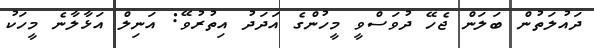
ދައުލަތުން ބަލަން ޖެހޭ ދުވަސްވީ މީހުންގެ އަދަދު އިތުރުވޭ: އަނިލް އަޅާލާނެ މީހަކު